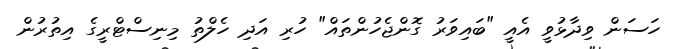
ހަސަން ވިދާޅުވީ އެއީ "ބައިވަރު ގޮންޖެހުންތައް" ހުރި އަދި ހެލްތު މިނިސްޓްރީގެ އިތުރުން